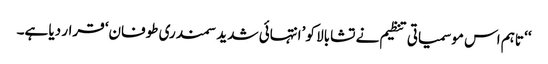
‘‘ تاہم اس موسمیاتی تنظیم نے تشابالا کو ’انتہائی شدید سمندری طوفان‘ قرار دیا ہے۔